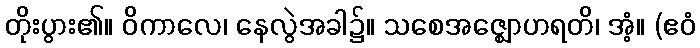
တိုးပွား၏။ ဝိကာလေ၊ နေလွဲအခါ၌။ သစေအဇ္ဈောဟရတိ၊ အံ့။ (ဧဝံ